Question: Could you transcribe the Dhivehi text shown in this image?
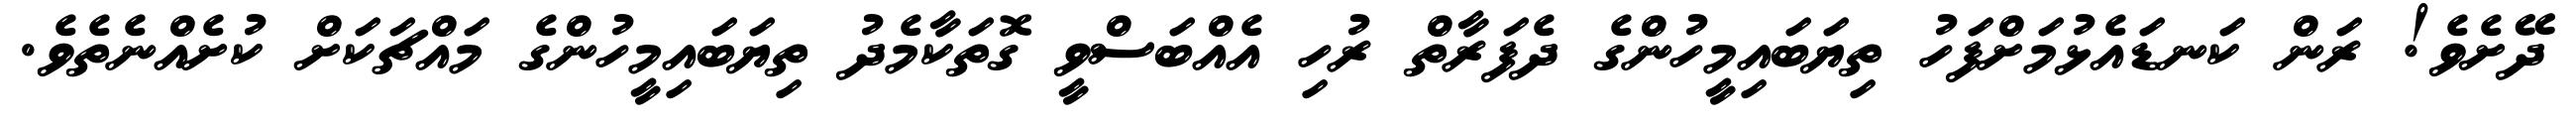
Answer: ދޭށެވެ! ރަން ކަނޑައެޅުމަށްފަހު ތިޔަބައިމީހުންގެ ދެފަރާތް ރުހި އެއްބަސްވީ ގޮތަކާމެދު ތިޔަބައިމީހުންގެ މައްޗަކަށް ކުށެއްނެތެވެ.